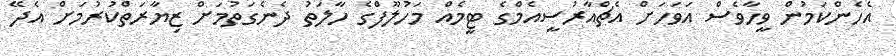
އެހެންކަމުން ވީހާވެސް އަވަހަށް އެޗްއާރުސީއެމްގެ ޓީމެއް މަހުލޫފްގެ ހާލަތު ދެނެގަތުމަށް ޒިޔާރަތްކުރުމަށް އެދޭ